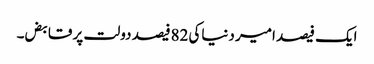
ایک فیصد امیر دنیاکی 82فیصد دولت پر قابض۔